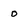
Character: 0